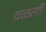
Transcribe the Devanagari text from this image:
दळली